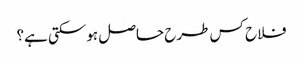
فلاح کس طرح حاصل ہوسکتی ہے؟